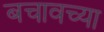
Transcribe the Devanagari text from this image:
बचावच्या